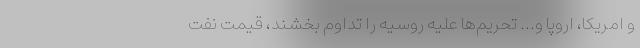
و امریکا، اروپا و... تحریم‌ها علیه روسیه را تداوم بخشند، قیمت نفت